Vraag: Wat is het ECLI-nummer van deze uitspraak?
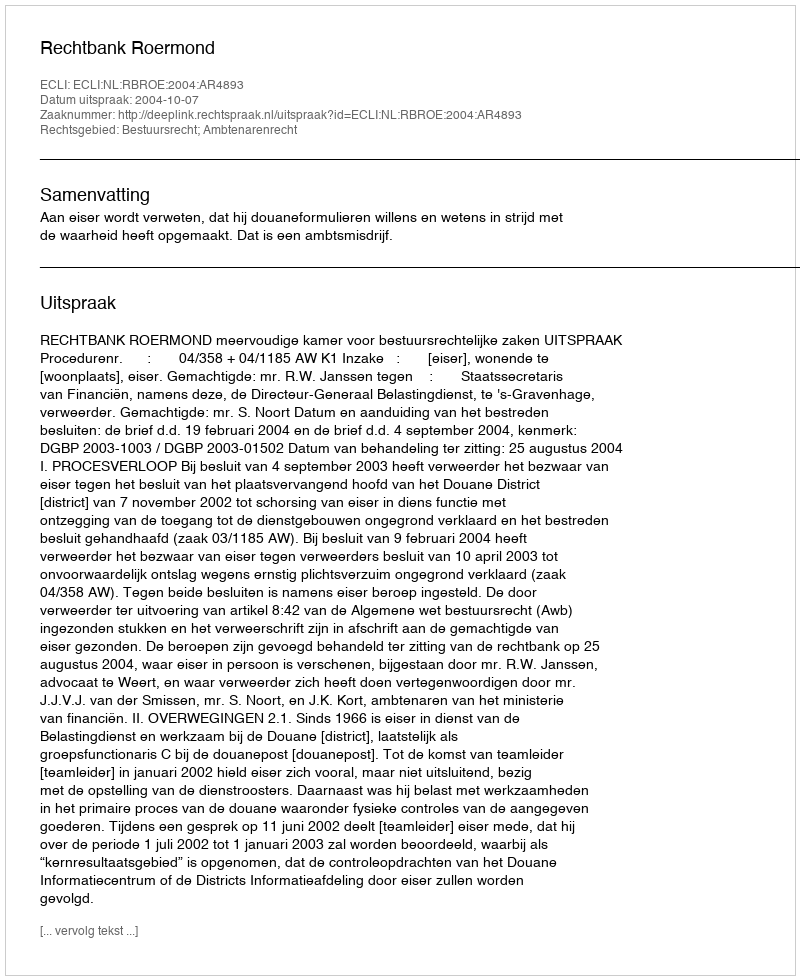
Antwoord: ECLI:NL:RBROE:2004:AR4893